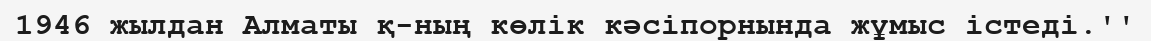
1946 жылдан Алматы қ-ның көлік кәсіпорнында жұмыс істеді.''